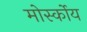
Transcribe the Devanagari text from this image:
मोर्स्कोय